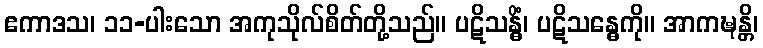
ဧကာဒသ၊ ၁၁-ပါးသော အကုသိုလ်စိတ်တို့သည်။ ပဋိသန္ဓိံ၊ ပဋိသန္ဓေကို။ အာကဍ္ဎန္တိ၊